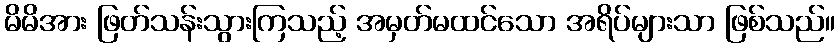
မိမိအား ဖြတ်သန်းသွားကြသည့် အမှတ်မထင်သော အရိပ်များသာ ဖြစ်သည်။